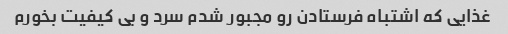
غذایی که اشتباه فرستادن رو مجبور شدم سرد و بی کیفیت بخورم